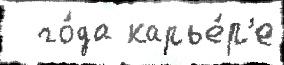
  го́да карье́р'е